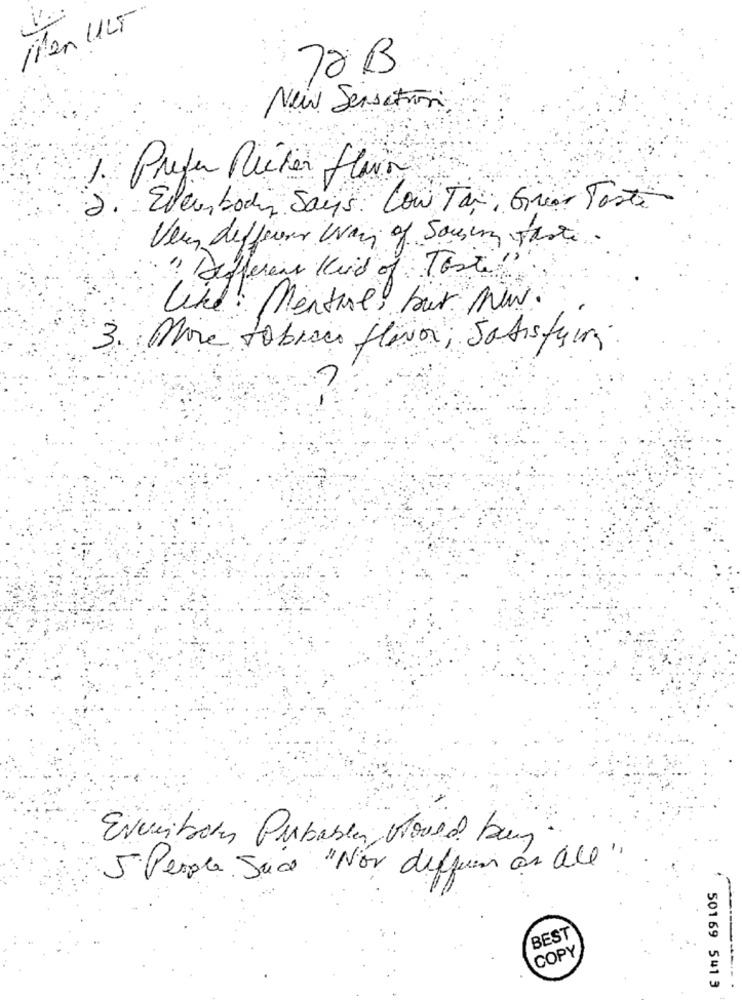
Men ULT
72 B
New Sensation
Prefer Mieter flair
Eler, body Says. Low Tax, Great Taste
Very different way of Sourcing parte.
" different Kind of Torte"
like ! Mentine, but Now.
3. More tobiaco flavor ; Satisfying
Everton Probably Hoved buy
5 People Sud "Nov deffum on all
BEST
COPY
50169 541 3